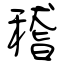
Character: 稽